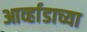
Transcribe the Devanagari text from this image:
आर्व्हाडाच्या